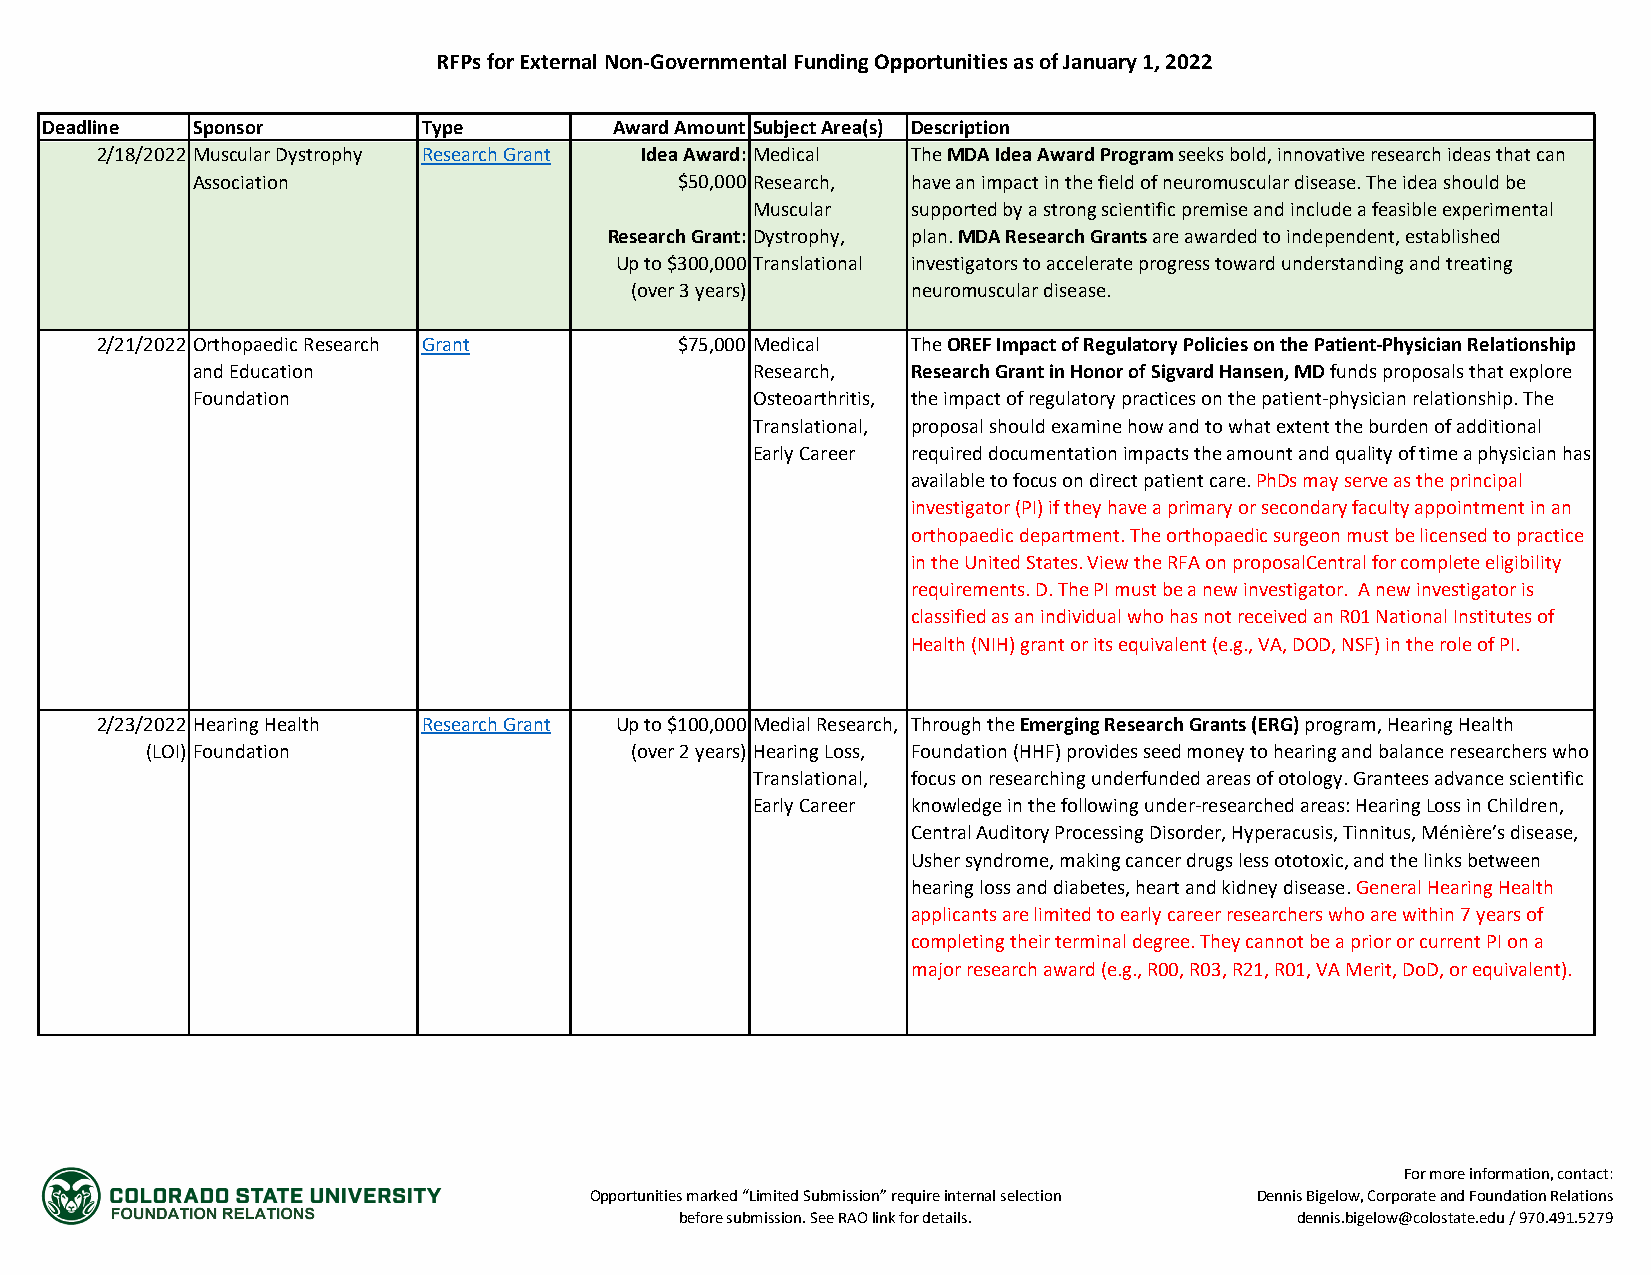
RFPs for External Non-Governmental Funding Opportunities as of January 1, 2022
 Deadline  Sponsor        Type         Award Amount Subject Area(s) Description
 2/18/2022 Muscular Dystrophy Research Grant Idea Award: Medical The MDA Idea Award Program seeks bold, innovative research ideas that can
 Association                     $50,000 Research, have an impact in the field of neuromuscular disease. The idea should be
 Muscular  supported by a strong scientific premise and include a feasible experimental
 Research Grant: Dystrophy, plan. MDA Research Grants are awarded to independent, established
 Up to $300,000 Translational investigators to accelerate progress toward understanding and treating
 (over 3 years)    neuromuscular disease.
 2/21/2022 Orthopaedic Research Grant   $75,000 Medical The OREF Impact of Regulatory Policies on the Patient-Physician Relationship
 and Education                        Research, Research Grant in Honor of Sigvard Hansen, MD funds proposals that explore
 Foundation                           Osteoarthritis, the impact of regulatory practices on the patient-physician relationship. The
 Translational, proposal should examine how and to what extent the burden of additional
 Early Career required documentation impacts the amount and quality of time a physician has
 available to focus on direct patient care. PhDs may serve as the principal
 investigator (PI) if they have a primary or secondary faculty appointment in an
 orthopaedic department. The orthopaedic surgeon must be licensed to practice
 in the United States. View the RFA on proposalCentral for complete eligibility
 requirements. D. The PI must be a new investigator. A new investigator is
 classified as an individual who has not received an R01 National Institutes of
 Health (NIH) grant or its equivalent (e.g., VA, DOD, NSF) in the role of PI.
 2/23/2022 Hearing Health Research Grant Up to $100,000 Medial Research, Through the Emerging Research Grants (ERG) program, Hearing Health
 (LOI) Foundation                (over 2 years) Hearing Loss, Foundation (HHF) provides seed money to hearing and balance researchers who
 Translational, focus on researching underfunded areas of otology. Grantees advance scientific
 Early Career knowledge in the following under-researched areas: Hearing Loss in Children,
 Central Auditory Processing Disorder, Hyperacusis, Tinnitus, Ménière’s disease,
 Usher syndrome, making cancer drugs less ototoxic, and the links between
 hearing loss and diabetes, heart and kidney disease. General Hearing Health
 applicants are limited to early career researchers who are within 7 years of
 completing their terminal degree. They cannot be a prior or current PI on a
 major research award (e.g., R00, R03, R21, R01, VA Merit, DoD, or equivalent).
 For more information, contact:
 Opportunities marked “Limited Submission” require internal selection Dennis Bigelow, Corporate and Foundation Relations
 before submission. See RAO link for details. dennis.bigelow@colostate.edu / 970.491.5279